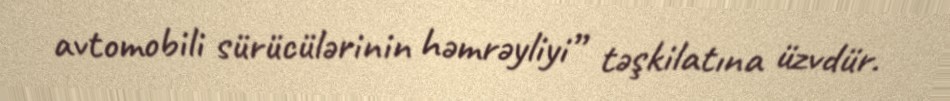
avtomobili sürücülərinin həmrəyliyi” təşkilatına üzvdür.